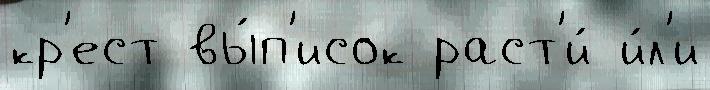
кр'ест вы́п'исок раст'и́ и́л'и